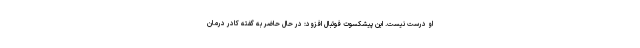
او درست نیست. این پیشکسوت فوتبال افزود: در حال حاضر به گفته کادر درمان